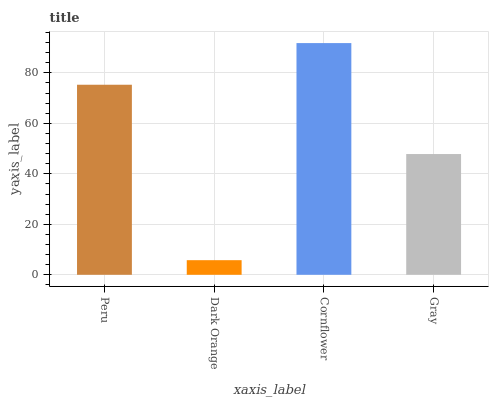
| xaxis_label | bars |
 | --- | --- |
 | Peru | 75.3 |
 | Dark Orange | 5.79 |
 | Cornflower | 91.8 |
 | Gray | 47.8 |